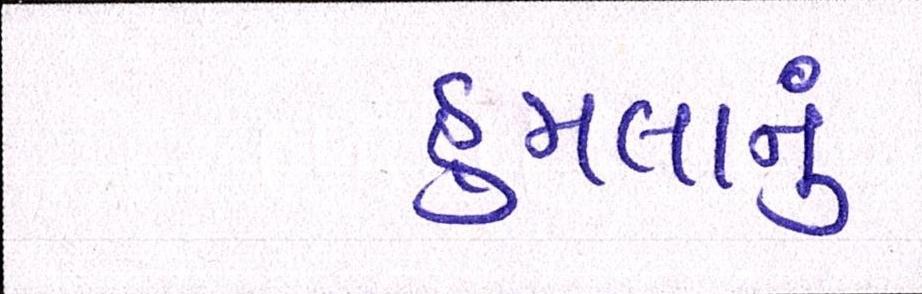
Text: હુમલાનું